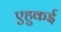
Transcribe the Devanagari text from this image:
एहुकई